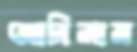
আনিলাম